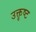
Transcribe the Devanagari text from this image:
उक्तृष्ट